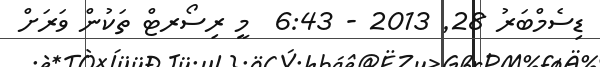
ޑިސެމްބަރު 28